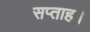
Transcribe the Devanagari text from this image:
सप्ताह।